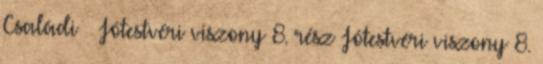
Családi Jótestvéri viszony 8. rész Jótestvéri viszony 8.